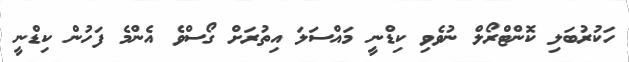
ހަކުރުބަލި ކޮންޓްރޯލް ނުވެވި ކިޑްނީ މައްސަލަ އިތުރަށް ގޯސްވެ އެންމެ ފަހުން ކިޑްނީ